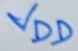
Text: VDD